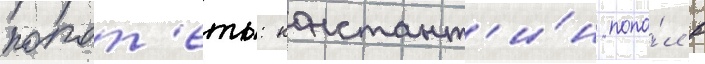
попот'еть: констант'и́н попа́л в